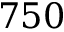
7 5 0